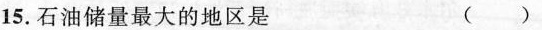
15.石油储量最大的地区是 ( )